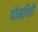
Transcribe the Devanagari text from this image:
पोम्पिडौ